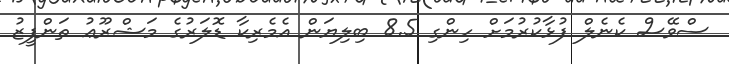
ސްވޭސް ކެނެލް ފުޅާކުރުމަށް ހިންގި 8.5 ބިލިޔަން އެމެރިކާ ޑޮލަރުގެ މަޝްރޫޢު ތަންފީޒު